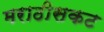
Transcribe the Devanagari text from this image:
मराठीसकट